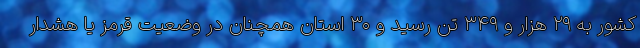
کشور به ۲۹ هزار و ۳۴۹ تن رسید و ۳۰ استان همچنان در وضعیت قرمز یا هشدار